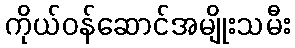
ကိုယ်ဝန်ဆောင်အမျိုးသမီး